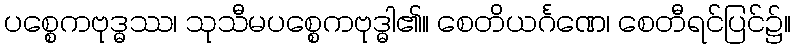
ပစ္စေကဗုဒ္ဓဿ၊ သုသီမပစ္စေကဗုဒ္ဓါ၏။ စေတိယင်္ဂဏေ၊ စေတီရင်ပြင်၌။